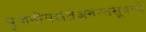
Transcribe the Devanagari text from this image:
पूजनोपरांतअनन्तसूत्रको